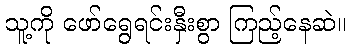
သူ့ကို ဖော်ရွေရင်းနှီးစွာ ကြည့်နေဆဲ။